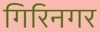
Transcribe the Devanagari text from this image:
गिरिनगर